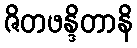
ဇိတဖန္ဒိတာနိ